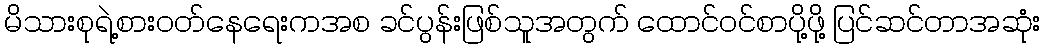
မိသားစုရဲ့စားဝတ်နေရေးကအစ ခင်ပွန်းဖြစ်သူအတွက် ထောင်ဝင်စာပို့ဖို့ ပြင်ဆင်တာအဆုံး